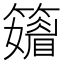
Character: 𥶫